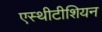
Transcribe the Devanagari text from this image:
एस्थीटीशियन